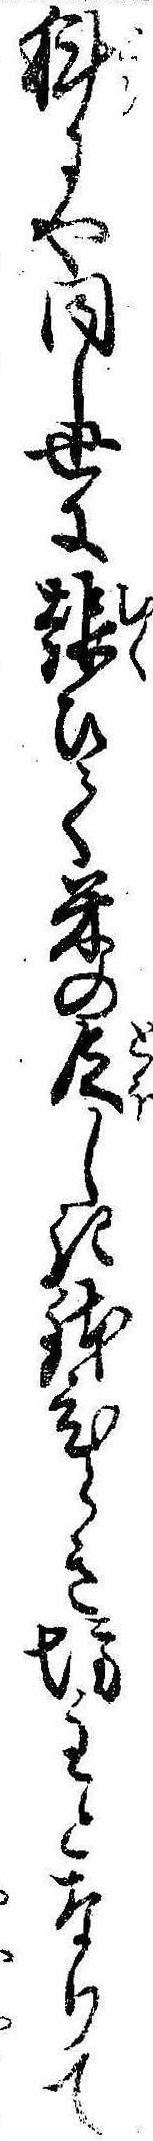
科にや同し世に報ひて米の乏しき鉢ひらき坊主となりて